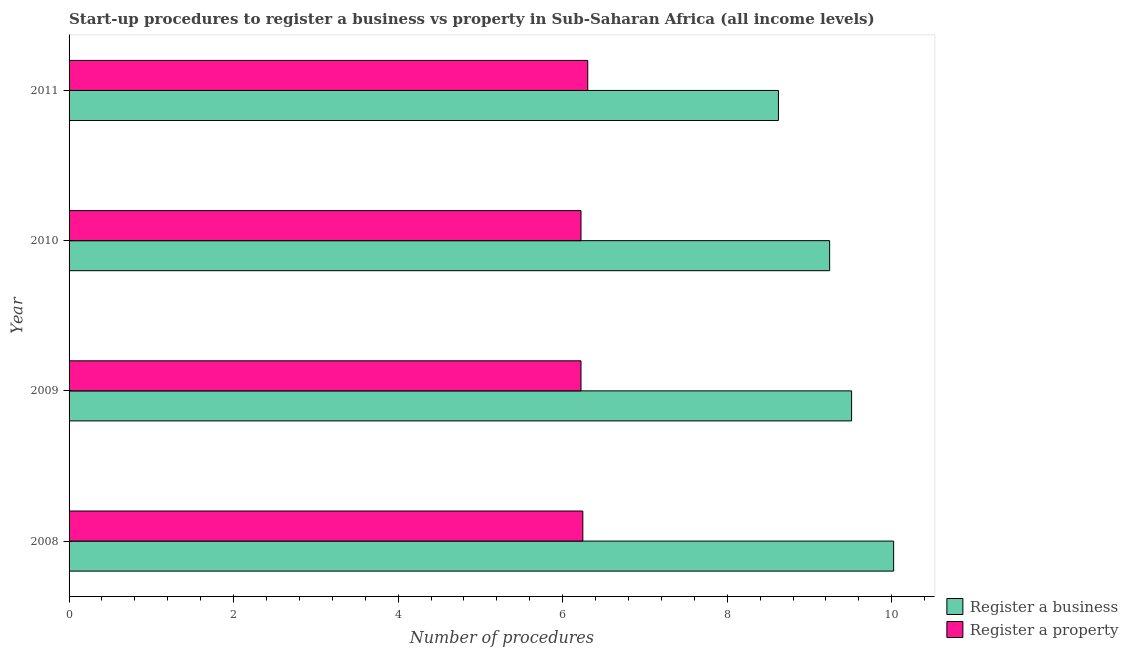
| Year | Register a business | Register a property |
 | --- | --- | --- |
 | 2008 | 10 | 6.24 |
 | 2009 | 9.51 | 6.22 |
 | 2010 | 9.24 | 6.22 |
 | 2011 | 8.62 | 6.3 |